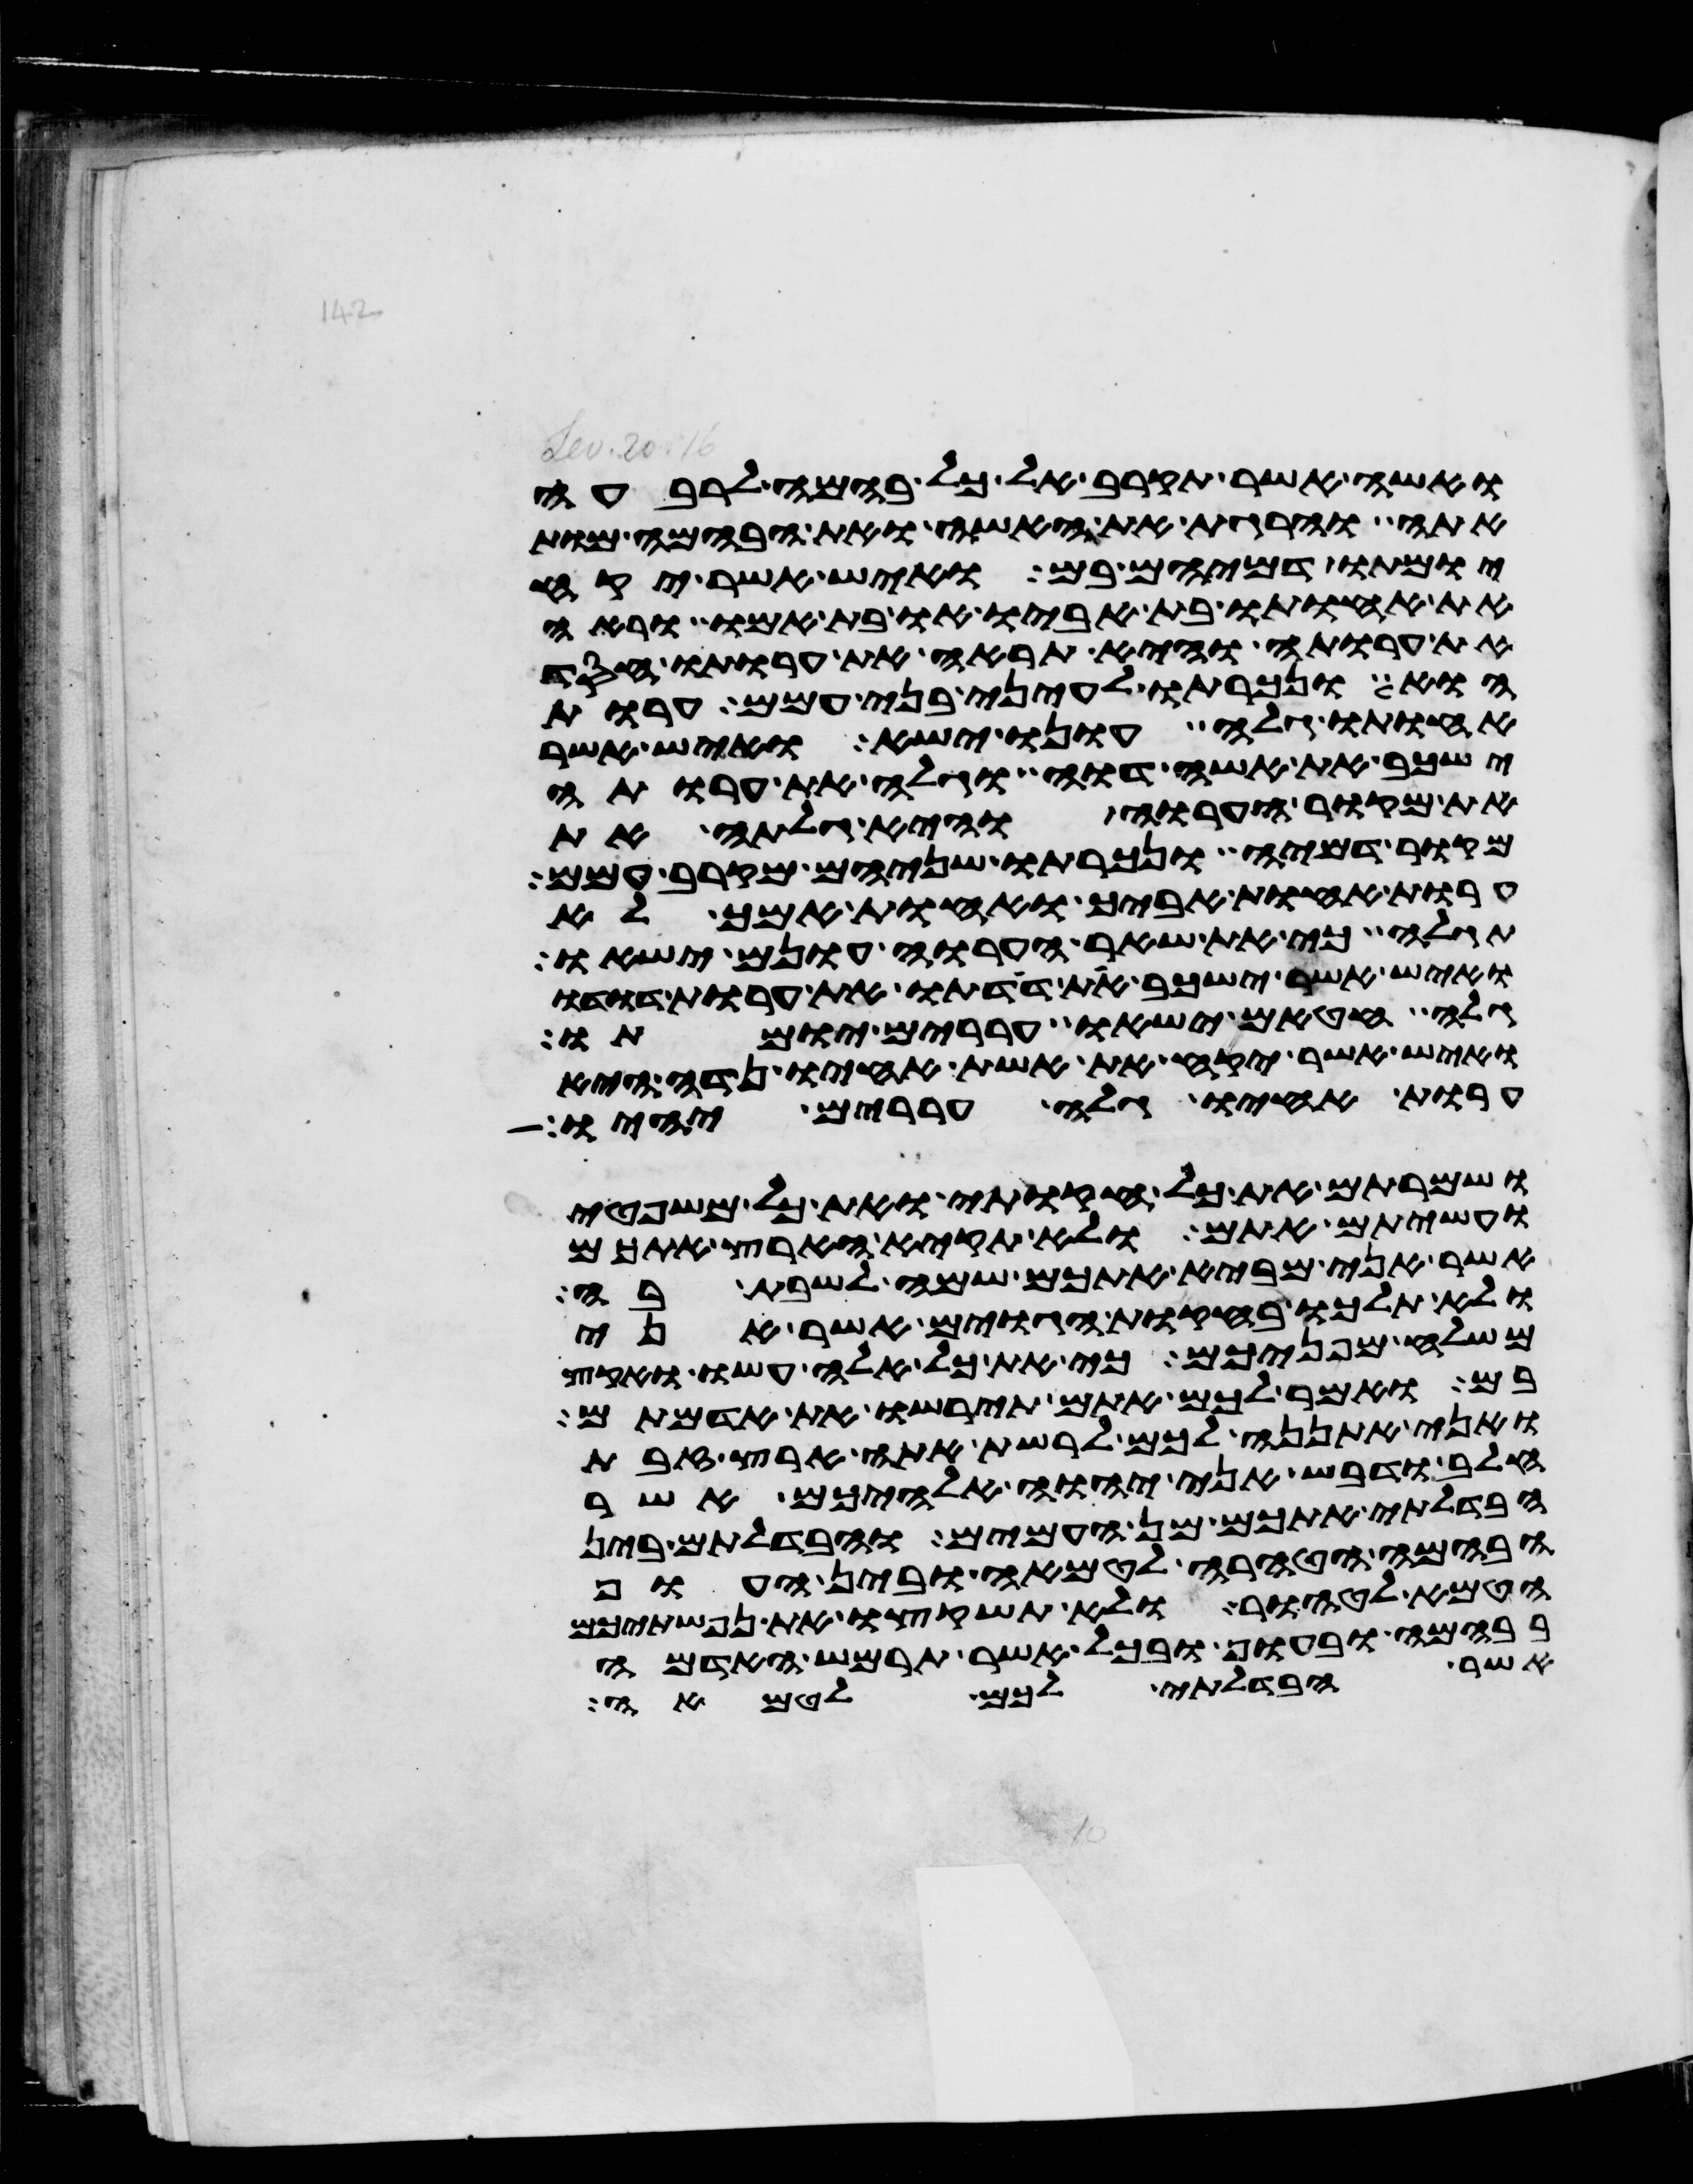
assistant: ואשה אשר תקרב אל כל בהמה לרבעה
אתה והרגת את האשה ואת הבהמה מות
יומתו דמיהם בם ואיש אשר יקח
את אחותו בת אביו או בת אמו וראה
את ערותה והיא תראה את ערותו חסד
הוא ונכרתו לעיני בני עמם ערות
אחותו גלה עונו ישא ואיש אשר
ישכב את אשה דוה וגלה את ערותה
את מקור הערוה והיא גלתה את
מקור דמיה ונכרתו שניהם מקרב עמם
ערות אחות אביך ואחות אמך לא
תגלה כי את שאר הערוה עונם ישאו
ואיש אשר ישכב את דדתו את ערות דדו
גלה חטאם ישאו עררים יומתו
ואיש אשר יקח את אשת אחיו נדה היא
ערות אחיו גלה עררים יהיו
ושמרתם את כל חקותי ואת כל משפטי
ועשיתם אתם ולא תקיא הארץ אתכם
אשר אני מביא אתכם שמה לשבת בה
ולא תלכו בחקות הגוים אשר אני
משלח מפניכם כי את כל אלה עשו ואקץ
בם ואמר לכם אתם תירשו את אדמתם
ואני אתננה לכם לרשת אתה ארץ זבת
חלב ודבש אני יהוה אלהיכם אשר
הבדלתי אתכם מן העמים והבדלתם בין
הבהמה הטהרה לטמאה ובין העוף
הטמא לטהור ולא תשקצו את נפשתיכם
בבהמה ובעוף ובכל אשר תרמש האדמה
אשר הבדלתי לכם לטמאה